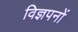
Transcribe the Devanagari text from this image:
विज्ञपनों